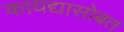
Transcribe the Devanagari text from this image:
कायद्यासोबत